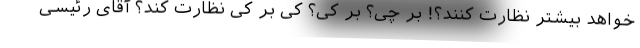
خواهد بیشتر نظارت کنند؟! بر چی؟ بر کی؟ کی بر کی نظارت کند؟ آقای رئیسی